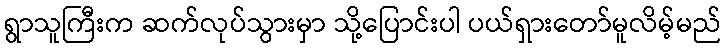
ရွာသူကြီးက ဆက်လုပ်သွားမှာ သို့ပြောင်းပါ ပယ်ရှားတော်မူလိမ့်မည်